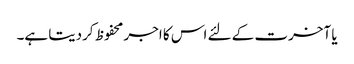
یا آخرت کے لئے اس کا اجر محفوظ کردیتا ہے۔